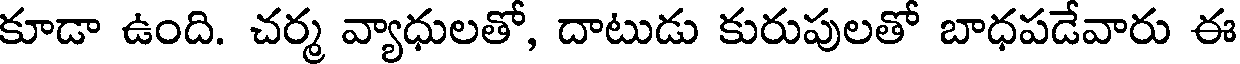
కూడా ఉంది. చర్మ వ్యాధులతో, దాటుడు కురుపులతో బాధపడేవారు ఈ